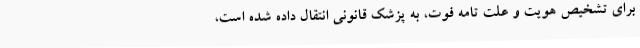
برای تشخیص هویت و علت تامه فوت، به پزشک قانونی انتقال داده شده است،